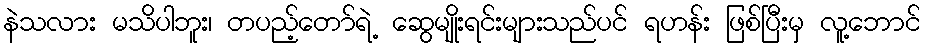
နဲသလား မသိပါဘူး၊ တပည့်တော်ရဲ့ ဆွေမျိုးရင်းများသည်ပင် ရဟန်း ဖြစ်ပြီးမှ လူ့ဘောင်